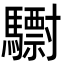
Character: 𩦾